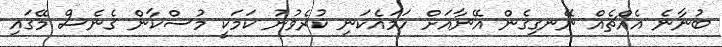
ބުނާނެ އެއްޗެއް ނޭނގިގެން އޭނާއަށް ހަމައެކަނި ކުރެވުނު ކަމަކީ މުސްކާން ގެނެސް މޭގައި